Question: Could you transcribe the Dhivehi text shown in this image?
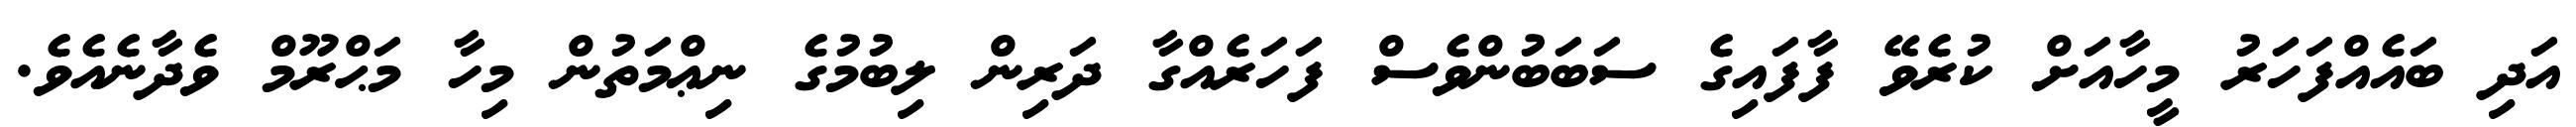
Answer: އަދި ބައެއްފަހަރު މީހާއަށް ކުރެވޭ ފާފައިގެ ސަބަބުންވެސް ފަހަރެއްގާ ދަރިން ލިބުމުގެ ނިޢްމަތުން މިހާ މަޙްރޫމް ވެދާނެއެވެ.